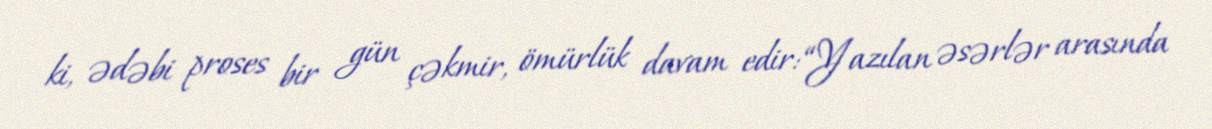
ki, ədəbi proses bir gün çəkmir, ömürlük davam edir: “Yazılan əsərlər arasında